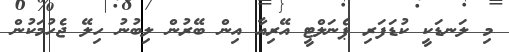
މި ލަނޑަކީ ކުޑަފަރި ޕެނަލްޓީ އޭރިއާ އިން ބޭރުން ލިބުނު ހިލޭ ޖެހުމަކުން